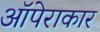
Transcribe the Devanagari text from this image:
ऑपेराकार